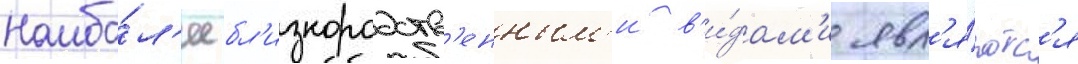
Наибо́л'ее бл'изкородств'енным'и в'и́дам'и явл'я́ютс'я